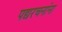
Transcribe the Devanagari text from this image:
पद्यरचनांना